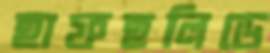
হাফহলিডে